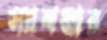
স্যানমার